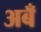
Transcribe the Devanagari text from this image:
अबँ